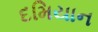
દમિયાન